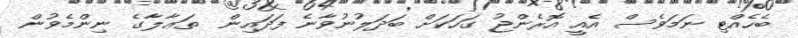
ބެހެއްޓި ނަމަވެސް އެއީ އޮރެންޖު ގަހަކަށް ބަދަލުނުވާނެ ފަދައިން  ތަޢާލާގެ ނިންމެވުން